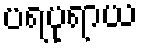
ပရပုရာယ